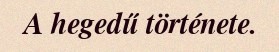
A hegedű története.